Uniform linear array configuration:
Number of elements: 24
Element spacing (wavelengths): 0.75
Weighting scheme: uniform
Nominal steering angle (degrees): -60
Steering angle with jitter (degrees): -60.695
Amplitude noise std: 0.05
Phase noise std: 0.05

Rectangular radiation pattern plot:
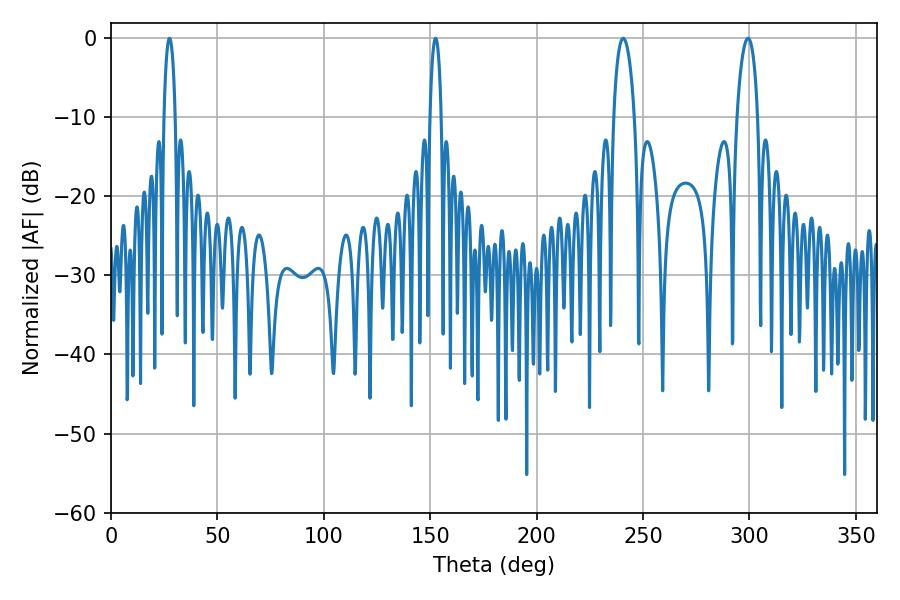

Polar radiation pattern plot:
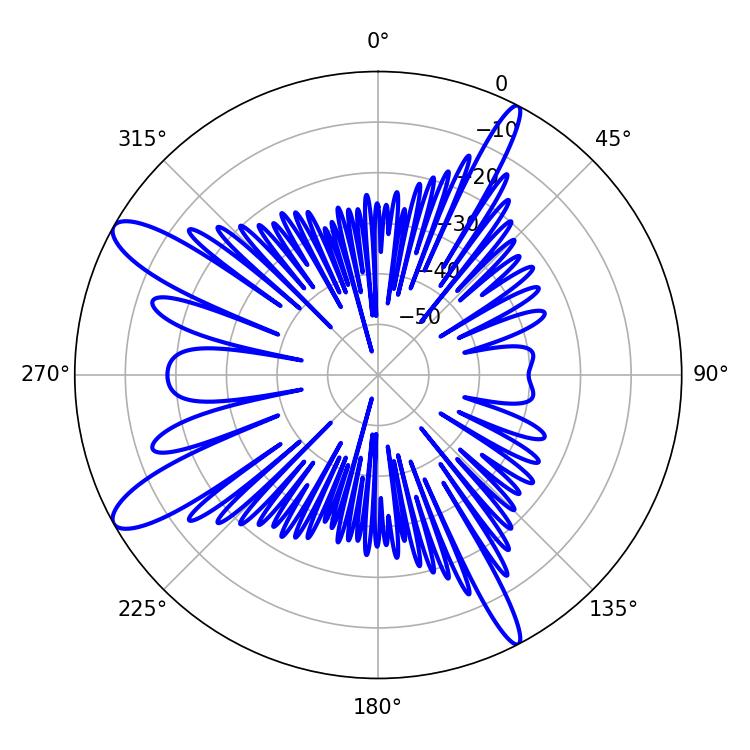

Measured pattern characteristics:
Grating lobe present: TRUE
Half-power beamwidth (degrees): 5.58
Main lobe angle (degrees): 240.66